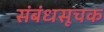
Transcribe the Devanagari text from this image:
संबंधसूचक